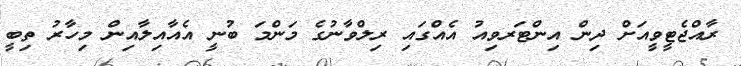
ރާއްޖެޓީވީއަށް ދިން އިންޓަރވިއު އެއްގައި ރިލްވާނުގެ މަންމަ ބުނީ އެއާއިލާއިން މިހާރު ތިބީ